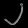
Digit: ၂